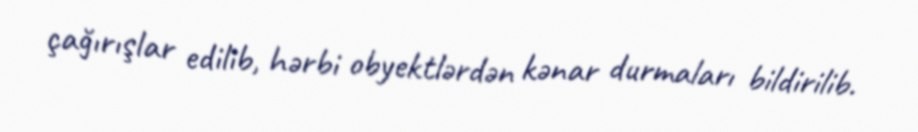
çağırışlar edilib, hərbi obyektlərdən kənar durmaları bildirilib.